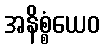
အနိစ္စံယေဝ